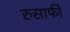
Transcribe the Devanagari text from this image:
रुसाफी